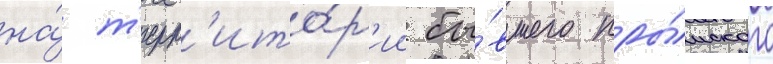
на́ т'ерр'ито́р'ии бы́вшего кры́мского